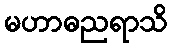
မဟာဓညရာသိ